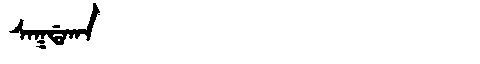
Manchu: ᠰᠠᡴᡩᠠᡴᠠ
Romanization: SAKDAKA